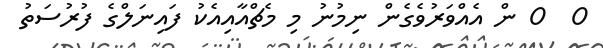
0  0 ން އެއްވަރުވެގެން ނިމުނު މި މެޗްއާއިއެކު ފައިނަލްގެ ފުރުސަތު